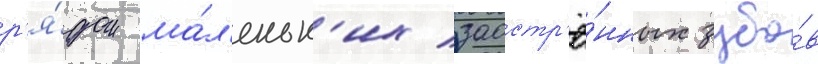
р'я́дом ма́л'еньк'их заостр'ё́нных зубо́в